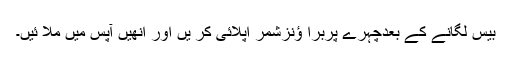
بیس لگانے کے بعدچہرے پربرا ؤنزشمر اپلائی کر یں اور انھیں آپس میں ملا ئیں۔